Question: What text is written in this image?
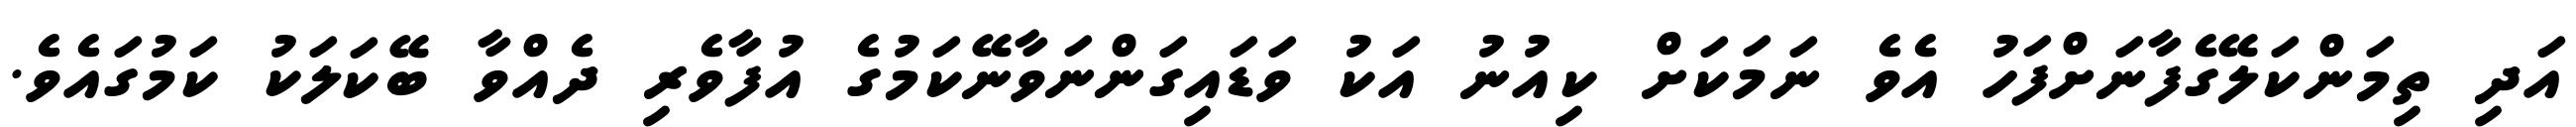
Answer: އަދި ތިމަންކަލޭގެފާނަށްފަހު އެވެ ނަމަކަށް ކިއުނު އަކު ވަޑައިގަންނަވާނޭކަމުގެ އުފާވެރި ދެއްވާ ބޭކަލަކު ކަމުގައެވެ.